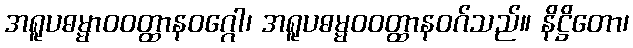
အရူပဓမ္မာဝဝတ္ထာနဝဂ္ဂေါ၊ အရူပဓမ္မဝဝတ္ထာနဝဂ်သည်။ နိဋ္ဌိတော၊